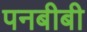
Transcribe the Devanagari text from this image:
पनबीबी